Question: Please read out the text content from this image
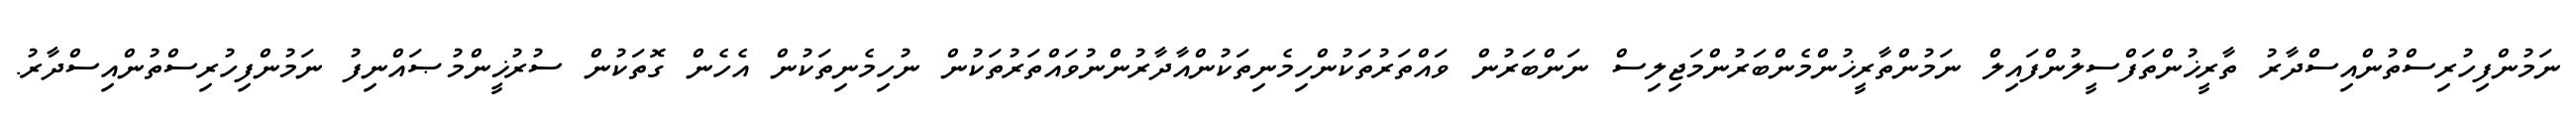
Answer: ނަމުންފިހުރިސްތުންއިސްދާރު ތާރީޚުންތަފްސީލުންފައިލް ނަމުންތާރީޚުންމެންބަރުންމަޖިލިސް ނަންބަރުން ވައްތަރުތަކުންހިމެނިތަކުންއާދާރުންނުވައްތަރުތަކުން ނުހިމެނިތަކުން އެހެން ގޮތަކުން ސުރުޚީންމުޞައްނިފު ނަމުންފިހުރިސްތުންއިސްދާރު.